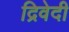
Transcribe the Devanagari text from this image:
द्रिवेदी